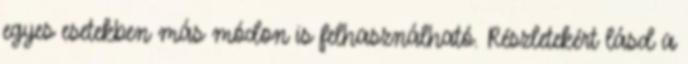
egyes esetekben más módon is felhasználható. Részletekért lásd a